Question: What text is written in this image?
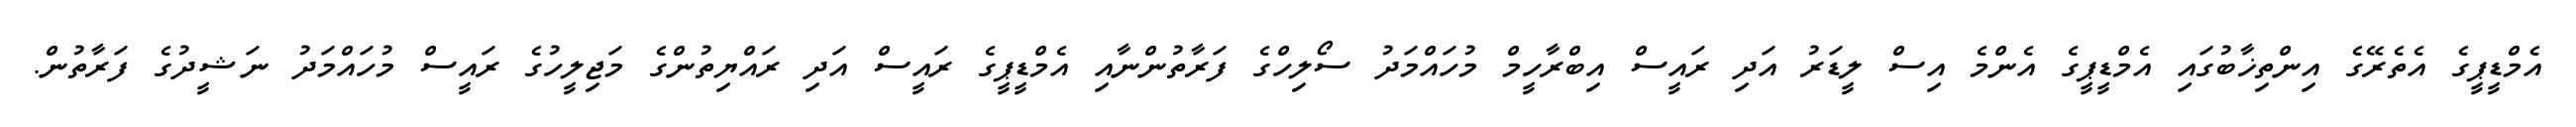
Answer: އެމްޑީޕީގެ އެތެރޭގެ އިންތިޚާބުގައި އެމްޑީޕީގެ އެންމެ އިސް ލީޑަރު އަދި ރައީސް އިބްރާހީމް މުހައްމަދު ސޯލިހްގެ ފަރާތުންނާއި އެމްޑީޕީގެ ރައީސް އަދި ރައްޔިތުންގެ މަޖިލީހުގެ ރައީސް މުހައްމަދު ނަޝީދުގެ ފަރާތުން.